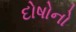
દોષોનો